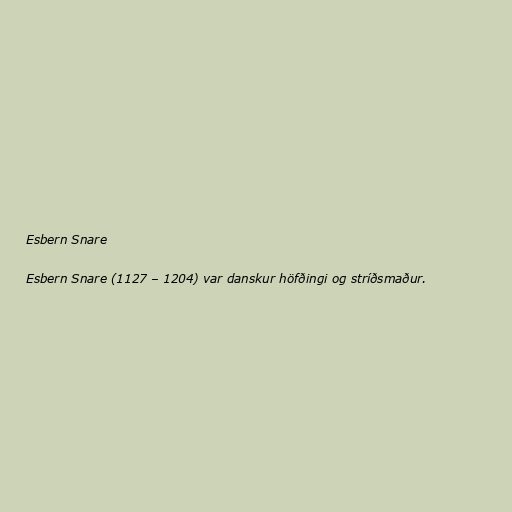
Esbern Snare

Esbern Snare (1127 – 1204) var danskur höfðingi og stríðsmaður.